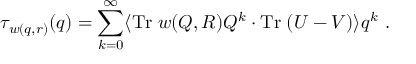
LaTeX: \tau _ { w ( q , r ) } ( q ) = \sum _ { k = 0 } ^ { \infty } \langle \mathrm { T r } \; w ( Q , R ) Q ^ { k } \cdot \mathrm { T r } \; ( U - V ) \rangle q ^ { k } \ .